Vaccination in Bombay 1874-1876 - 1874-1876
Year: 1874
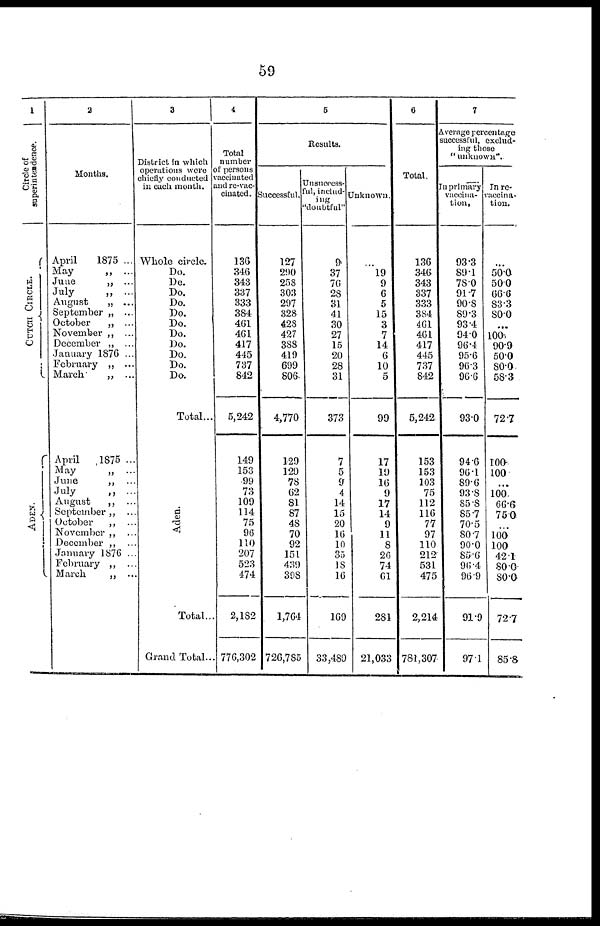
59
1
Circle of
superintendence.
CUTCH CIRCLE.
ADEN.
2
Months.
April
1875 ...
May
„ ...
June
„ ...
July
„
...
August
„ ...
September „ ...
October
„ ...
November „ ...
December „ ...
January 1876 ...
February „ ...
March
„ ..
April
1875 ..
May
„ ..
June
„
July
„ ..
August
„ ..
September „
October
„
November „
December „
January 1876 ..
February „ .
March.
„ .
3
District in which
operations were
chiefly conducted
in each month.
Whole circle.
Do.
De.
Do.
Do.
Do,
Do.
Do.
Do.
Do.
Do.
Do.
Total...
Total..
Grand Total..
4
Total
number
of persons
vaccinated
and re-vac¬
cinated.
136
346
343
337
333
384
461
461
417
445
737
842
5,242
149
153
99
73
109
114
75
96
110
207
523
474
2,182
. 776,302
5
Results.
Successful.
127
290
258
303
297
328
428
427
388
419
699
806.
4,770
129
129
78
62
81
87
48
70
92
151
439
398
1,764
726,785
Unsuceess¬
ful, includ¬
ing
"doubtful"
9
37
76
28
31
41
30
27
15
20
28
31
373
7
5
9
4
14
15
20
16
10
35
18
16
169
33,489
Unknown.
...
19
9
6
5
15
3
7
14
6
10
5
99
17
19
16
9
17
14
9
11
8
26
74
61
281
21,033
6
Total.
136
346
343
337
333
384
461
461
417
445
737
842
5,242
153
153
103
75
112
116
77
97
110
212
531
475
2,214
781,307
7
Average percentage
successful, exclud-
ing those
" unknown".
In primary
vaccina-
tion,
93.3
89.1
78.0
91.7
90.8
89.3
93.4
94.0
96.4
95.6
96.3
96.6
93.0
94.6
96.1
89.6
93.8
85.8
85.7
70.5
80.7
90.0
85.6
96.4
96.9
91.9
971
In re-
vaccina¬
tion.
50.0
50.0
66.6
83.3
80.0
...
100
90.9
50.0
80.0
58.3
72.7
100
100
...
100.
66.6
75.0
...
100
100
42.1
80.0
80.0
72.7
85.8